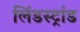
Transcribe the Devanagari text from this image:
लिंडस्ट्रांड